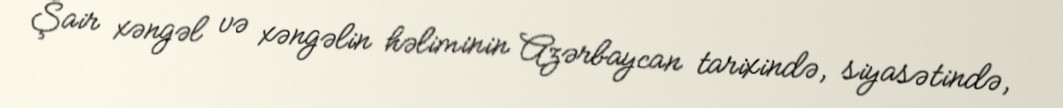
Şair xəngəl və xəngəlin həliminin Azərbaycan tarixində, siyasətində,